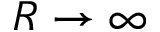
R \rightarrow \infty